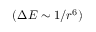
( \Delta E \sim 1 / r ^ { 6 } )